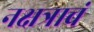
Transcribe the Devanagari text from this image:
नक्षत्राचं